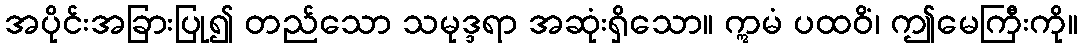
အပိုင်းအခြားပြု၍ တည်သော သမုဒ္ဒရာ အဆုံးရှိသော။ ဣမံ ပထဝိံ၊ ဤမေကြီးကို။